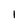
Character: 1